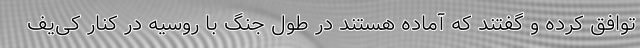
توافق کرده و گفتند که آماده هستند در طول جنگ با روسیه در کنار کی‌یف